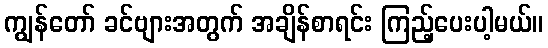
ကျွန်တော် ခင်ဗျားအတွက် အချိန်စာရင်း ကြည့်ပေးပါ့မယ်။